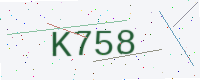
Text: K758